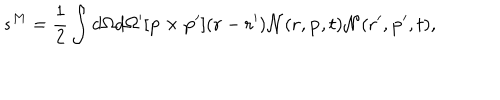
s ^ { M } = { \frac { 1 } { 2 } } \int d \Omega d \Omega ^ { \prime } [ { \bf p } \times { \bf p } ^ { \prime } ] ( { \bf r } - { \bf r } ^ { \prime } ) { \cal N } ( { \bf r } , { \bf p } , t ) { \cal N } ( { \bf r } ^ { \prime } , { \bf p } ^ { \prime } , t ) ,